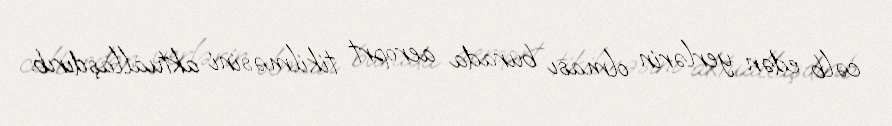
cəlb edən yerlərin olması burada aeroprt tikilməsini aktuallaşdırıb.